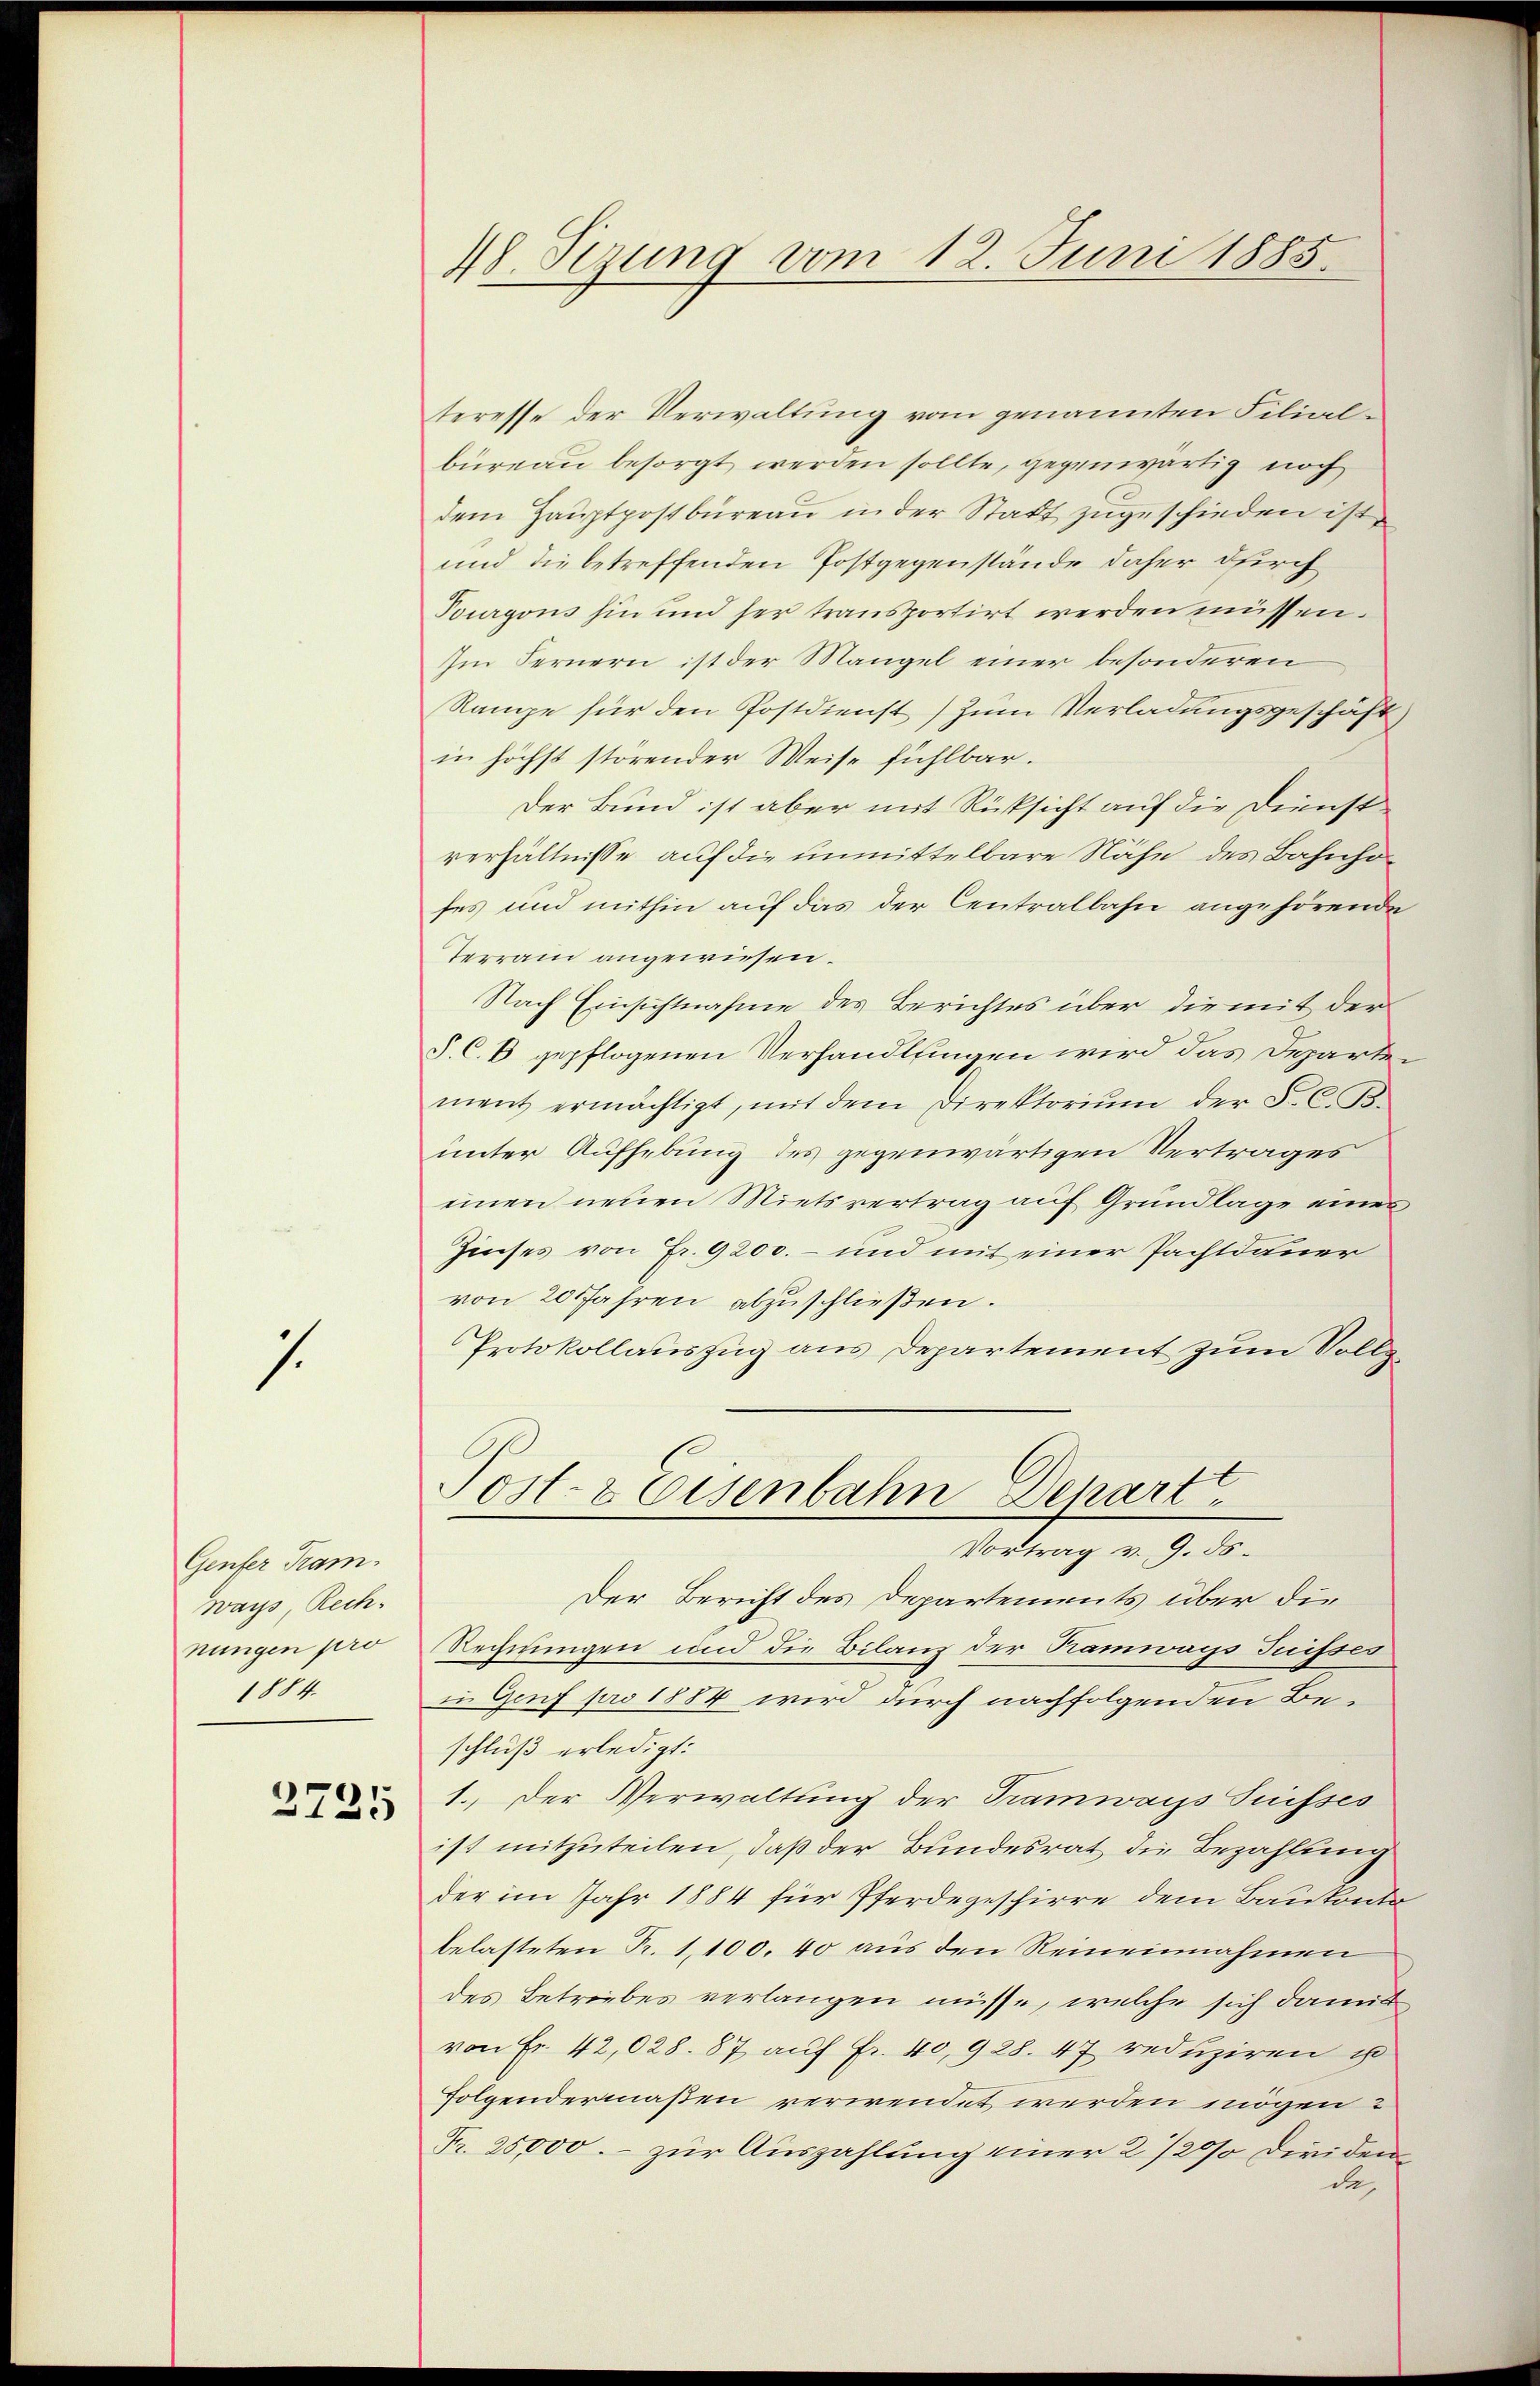
1

Genfer Tram.
ways Rech
nungen pro
1884.

2725

48. Sezung vom 12. Juni 1885.

teresse der Verwaltung vom genannten Filialbüreau besorgt werden sollte, gegenwärtig noch
dem Hauptpostbureau in der Statt zugeschieden ist,
und die betreffenden Postgegenstände daher durch
Vourgons hin und her transportirt werden müssen.
Im Fernern ist der Mangel einer besonderen
Rampe für den Postdienst) zum Verladungsgeschäft
in höchst störender Weise fühlbar.
Der Bund ist aber mit Rücksicht auf die Dienstverhältnisse auf die unmittelbare Nähe des Bahnho
fes und mithin auf das der Centralbahn angehörende
Terrain angewiesen.
Nach Einsichtnahme des Berichtes über die mit der
J. C. B gepflogenen Verhandlungen wird das Departement ermächtigt, mit dem Direktoriŭm der F. C. B.
unter Aufhebung des gegenwärtigen Vertrages
einen neuen Mietsvertrag auf Grundlage eines
Zinses von Fr. 9200. – und mit einer Pachtdauer
von 20 Jahren abzuschließen.
Protokollauszug aus Departement zum Vollz¬
Post- & Eisenbahn Departt
Vortrag v. 9. ds.
Der Bericht des Departements über die
Rechnungen und die Bilanz der Kamways Suisses
in Genf pro 1884 wird durch nachfolgenden Beschluß erledigt:
1. Der Verwaltung der Tramways Suisses
ist mitzuteilen, daß der Bundesrat die Bezahlung
der im Jahr 1884 für Pferdegeschirre dem Baukontobelasteten Fr. 1,100. 40 aus den Reineinnahmen
des Betriebes verlangen müsse, welche sich damit
von Fr. 42,028. 87 auf Fr. 40,928. 47 reduziren ist
folgendermaßen verwendet werden mögen?
Fr. 25,000.- zur Auszahlung einer 2 1/20 diriden
de,